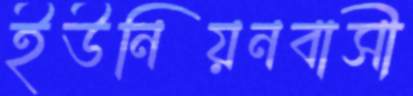
ইউনিয়নবাসী